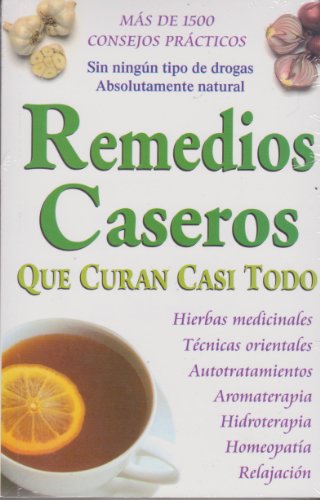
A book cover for Remedios Caseros Que Curan Casi Todo (Spanish Edition); Grupo Editorial Tomo; Health, Fitness & Dieting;